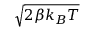
\sqrt { 2 \beta k _ { B } T }